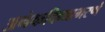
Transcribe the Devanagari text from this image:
अनेकदिव्याभरणं